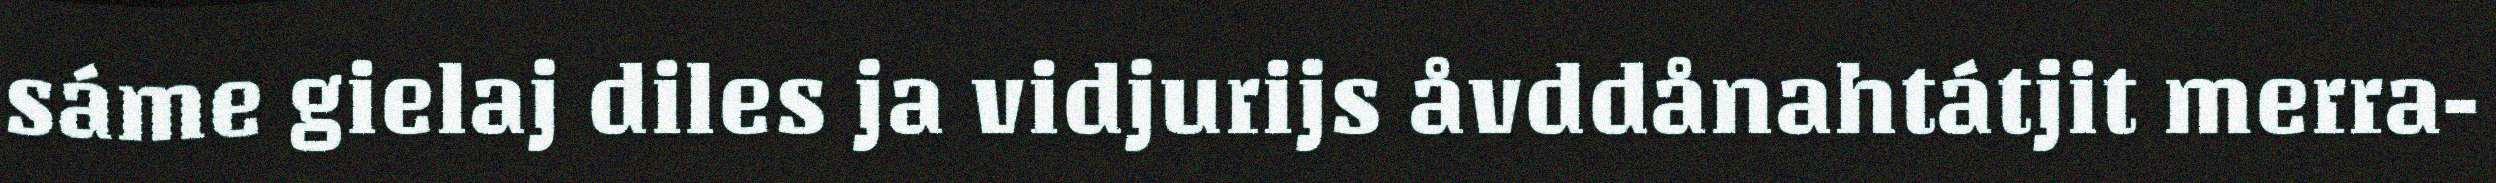
sáme gielaj diles ja vidjurijs åvddånahtátjit merra-